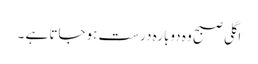
اگلی صبح وہ دوبارہ درست ہوجاتا ہے ۔